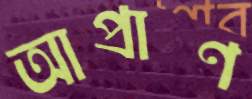
আপ্রাণ